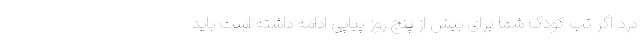
درد اگر تب کودک شما برای بیش از پنج روز پیاپی ادامه داشته است باید